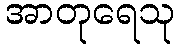
အာတုရေသု